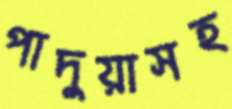
পাদুয়াসহ